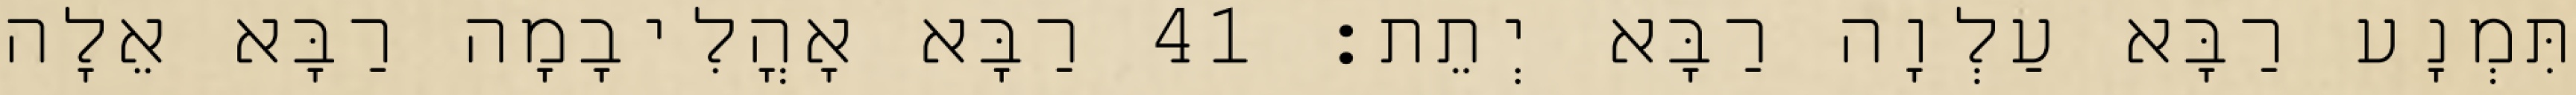
תִּמְנָע רַבָּא עַלְוָה רַבָּא יְתֵת׃ 41 רַבָּא אָהֳלִיבָמָה רַבָּא אֵלָה